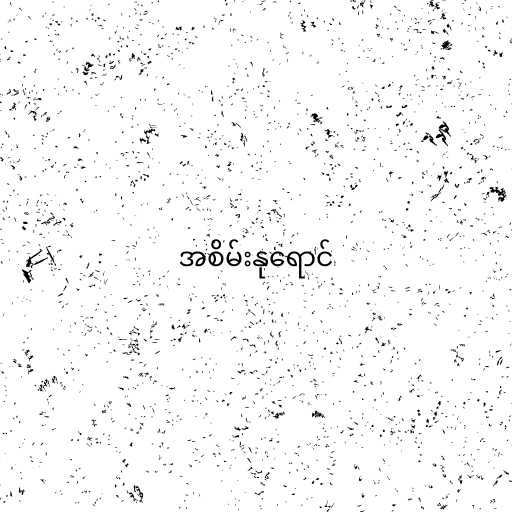
အစိမ်းနုရောင်